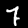
Label: 7